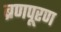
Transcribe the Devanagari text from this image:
ब्रणपूरण